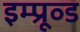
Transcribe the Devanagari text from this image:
इम्प्रूव्ड